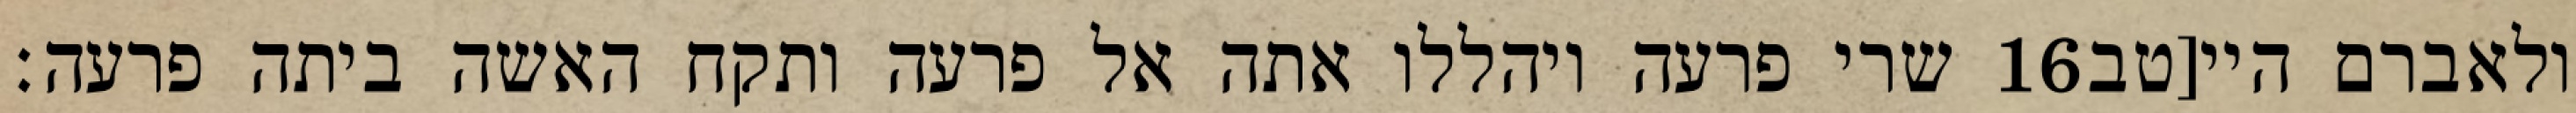
שרי פרעה ויהללו אתה אל פרעה ותקח האשה ביתה פרעה׃ ‎16‏ ולאברם היי[טב